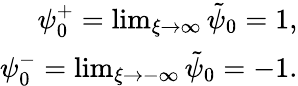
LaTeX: \begin{array}{r}{\psi_{0}^{+}=\operatorname*{lim}_{\xi\rightarrow\infty}\tilde{\psi}_{0}=1,}\\ {\psi_{0}^{-}=\operatorname*{lim}_{\xi\rightarrow-\infty}\tilde{\psi}_{0}=-1.}\end{array}